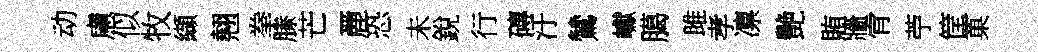
动慮似牧纈翹拳縢芒䴡恐未銳行磚汙鷥巘臈雎孝凛艷賄牆肻苧筐菓